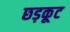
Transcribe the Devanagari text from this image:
छड़कूट